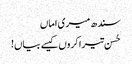
سندھ میری اماں
حُسن تیرا کروں کیسے بیاں!